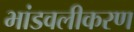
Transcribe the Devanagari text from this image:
भांडवलीकरण